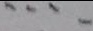
\cdots